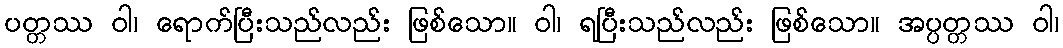
ပတ္တဿ ဝါ၊ ရောက်ပြီးသည်လည်း ဖြစ်သော။ ဝါ၊ ရပြီးသည်လည်း ဖြစ်သော။ အပ္ပတ္တဿ ဝါ၊